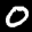
Label: 0